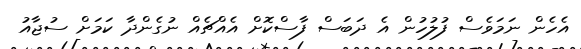
އެހެން ނަމަވެސް ފުލުހުން އެ ދަބަސް ފާސްކޮށް އެއްޗެއް ނުގެންދާ ކަމަށް ސުޖާއު